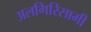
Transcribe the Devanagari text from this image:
अलगिरिसामी